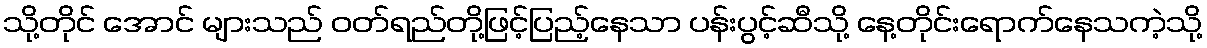
သို့တိုင် အောင် များသည် ဝတ်ရည်တို့ဖြင့်ပြည့်နေသာ ပန်းပွင့်ဆီသို့ နေ့တိုင်းရောက်နေသကဲ့သို့